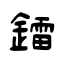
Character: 鐳